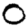
Digit: 0